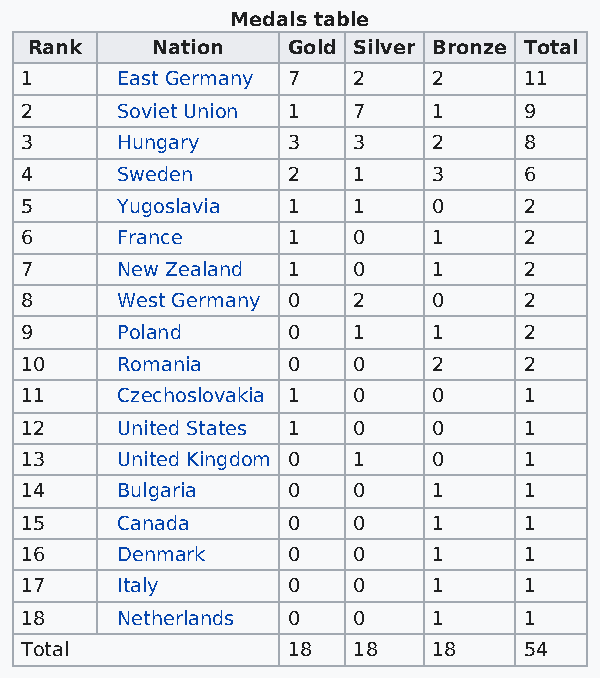
Medals table
 Rank    Nation   Gold Silver Bronze Total
 1      East Germany 7 2     2     11
 2      Soviet Union 1 7     1     9
 3      Hungary    3   3     2     8
 4      Sweden     2   1     3     6
 5      Yugoslavia 1   1     0     2
 6      France     1   0     1     2
 7      New Zealand 1  0     1     2
 8      West Germany 0 2     0     2
 9      Poland     0   1     1     2
 10     Romania    0   0     2     2
 11     Czechoslovakia 1 0   0     1
 12     United States 1 0    0     1
 13     United Kingdom 0 1   0     1
 14     Bulgaria   0   0     1     1
 15     Canada     0   0     1     1
 16     Denmark    0   0     1     1
 17     Italy      0   0     1     1
 18     Netherlands 0  0     1     1
 Total             18  18    18    54